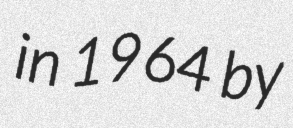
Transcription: in 1964 by